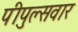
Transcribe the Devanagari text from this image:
पीपुल्सवार